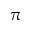
\pi